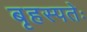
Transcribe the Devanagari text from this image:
बृहस्पतेः